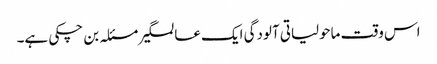
اس وقت ماحولیاتی آلودگی ایک عالمگیر مسئلہ بن چکی ہے۔